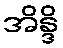
အိန္ဒိ